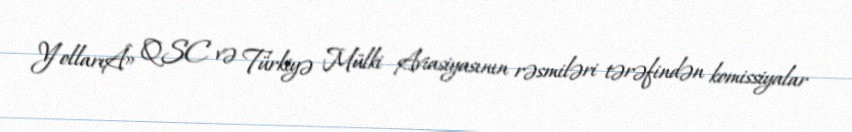
YollarıÂ» QSC və Türkiyə Mülki Aviasiyasının rəsmiləri tərəfindən komissiyalar